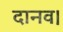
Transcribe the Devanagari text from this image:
दानव।